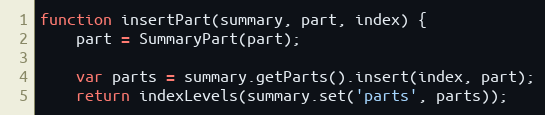
Language: JavaScript
function insertPart(summary, part, index) {
    part = SummaryPart(part);

    var parts = summary.getParts().insert(index, part);
    return indexLevels(summary.set('parts', parts));